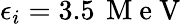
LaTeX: \epsilon_{i}=3.5\, \mathrm{~M~e~V~}